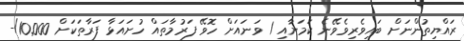
ރައްޔިތުންނަށް ބައިވެރިވެވޭނެ ކަމަށާއި 1 ވަނައަށް ހޮވޭ ފަރުމާތައް ހުށައަޅާ ފަރާތަކަށް 10